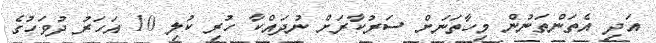
އަދި އެތަންތަނުން މިހާތަނަށް ސަރުކާރަށް ނުދައްކާ ހުރި ކުލި 10 އަހަރު ދުވަހުގެ